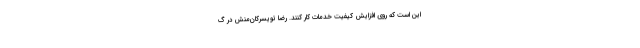
این است که روی افزایش کیفیت خدمات کار کنند. رضا تویسرکان‌منش در گ